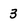
Character: 3